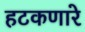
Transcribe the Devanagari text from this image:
हटकणारे